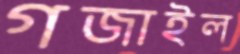
গজাইল